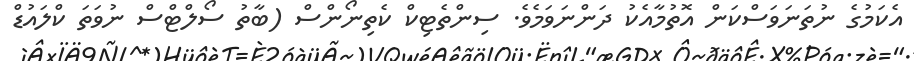
އެކަމުގެ ނުތަނަވަސްކަން އޮތުމާއެކު ދަންނަވަމެވެ. ސިންތެޓިކް ކެތިނޯންސް (ބާތު ސޯލްޓްސް ނުވަތަ ކްލައުޑް